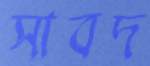
সাবদ